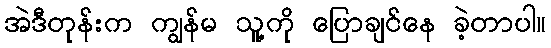
အဲဒီတုန်းက ကျွန်မ သူ့ကို ပြောချင်နေ ခဲ့တာပါ။